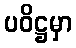
ပဝိဋ္ဌမှာ